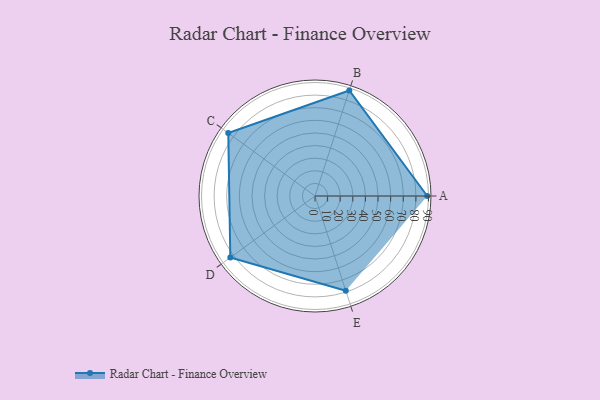
{"axis": {"x": "Skill", "y": "Score"}, "legend": ["Profile"], "data": [{"x": "A", "y": 89.0, "type": "Profile"}, {"x": "B", "y": 88.0, "type": "Profile"}, {"x": "C", "y": 85.0, "type": "Profile"}, {"x": "D", "y": 83.0, "type": "Profile"}, {"x": "E", "y": 79.0, "type": "Profile"}]}